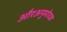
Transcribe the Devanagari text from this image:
औरअनुमोदक